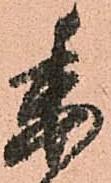
委